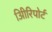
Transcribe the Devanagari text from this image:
अिीरिपोर्ट